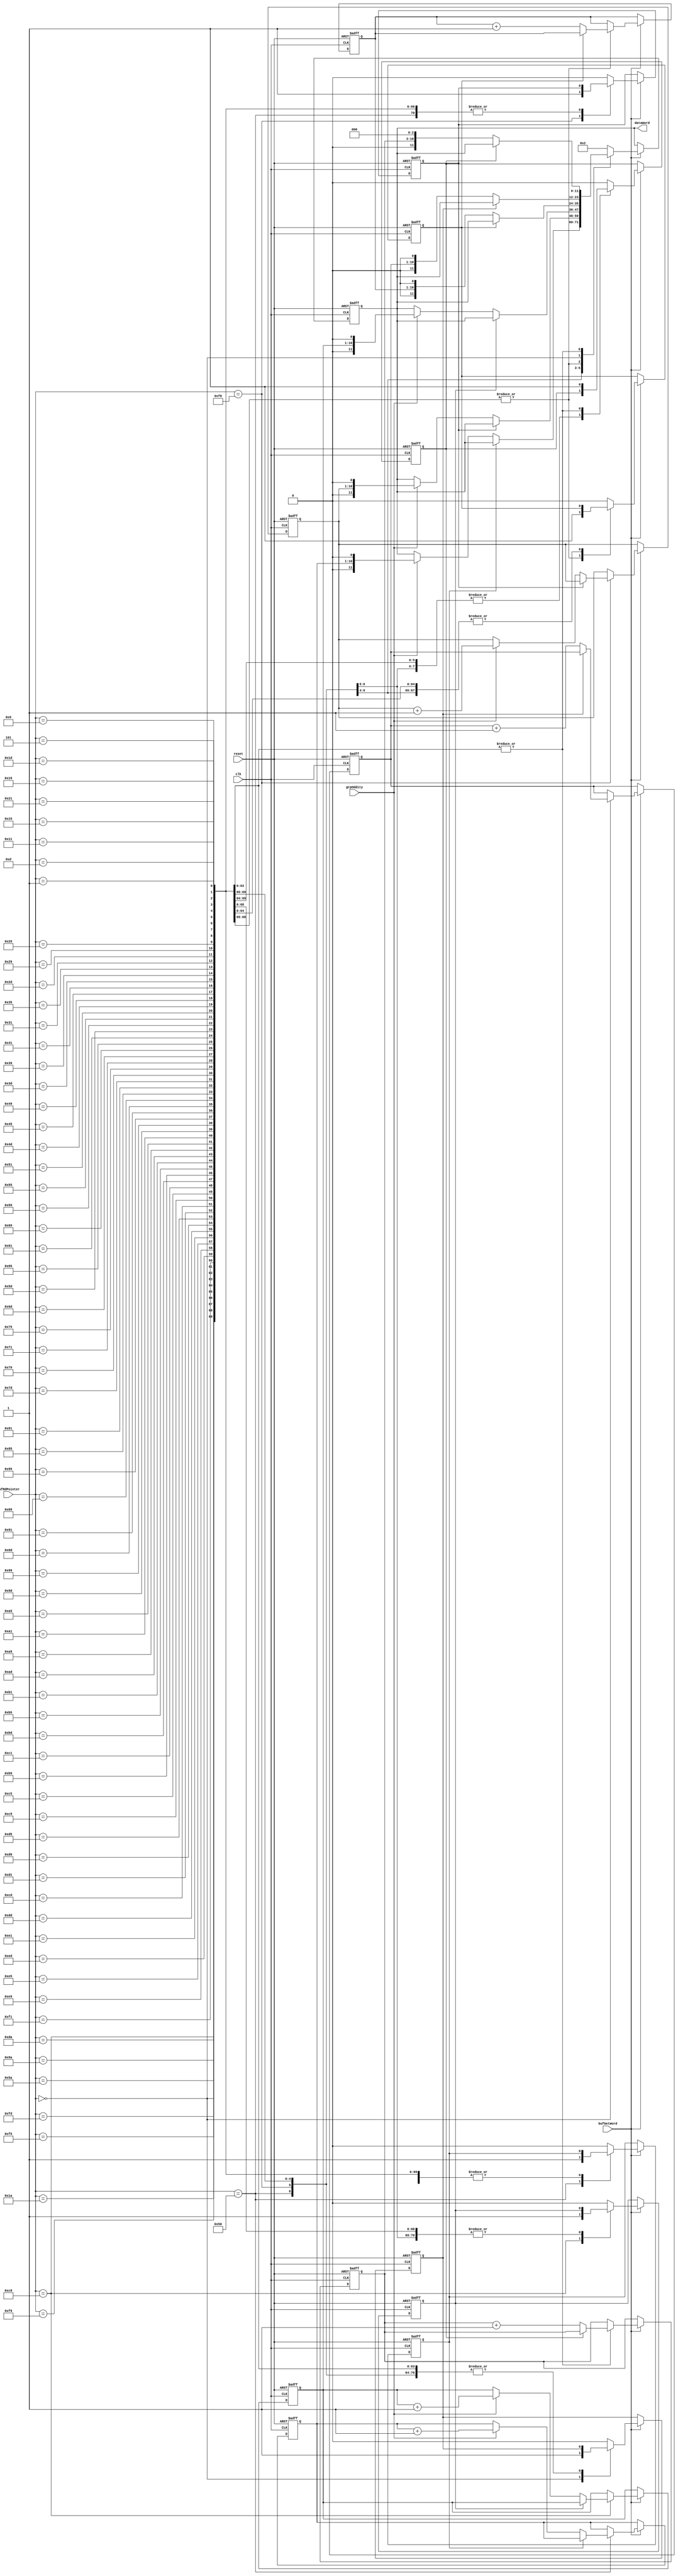
module m2Filler(
	input reset,
	input clk,
	input bufGetWord,
	input [7:0]bufRdPointer,
	input grpOddity,
	output reg [11:0]dataWord
);

reg once2, once1, once3, once4, once5, once6;
reg [9:0] datCnt1; 
reg [9:0] datCnt2;
reg [9:0] datCnt3;
reg [9:0] datCnt4;
reg [7:0] datCnt5;
reg [9:0] datCnt6;

reg switchGroup;
always@(negedge reset or posedge clk)begin
	if (~reset) begin
		dataWord <= 0;
		datCnt1 <= 0;
		datCnt2 <= 0;
		datCnt3 <= 0;
		datCnt4 <= 0;
		datCnt5 <= 0;
		datCnt6 <= 0;
		once1 <= 0;
		once2 <= 0;
		once3 <= 0;
		once4 <= 0;
		once5 <= 0;
		once6 <= 0;
		dataWord <= 0;
	end else begin
		
			if(bufGetWord) begin

				case((bufRdPointer))
					80:
					begin	// down count a20-b12
						if(once1==0)begin
							if(grpOddity) begin								//  
								dataWord <= {1'b0, datCnt1[9:0],1'b0};
								datCnt1 <= datCnt1 + 1'b1;
							end
							once1<=1;
						end
					end
					248:
					begin	// down count a20-b12
						if(once2==0)begin
							if(grpOddity) begin								//  
								dataWord <= {1'b0, datCnt2[9:0],1'b0};
								datCnt2 <= datCnt2 + 1'b1;
							end
							once2<=1;
						end
					end
					200:
					begin	// down count a20-b12
						if(once3==0)begin
							if(grpOddity) begin								//  
								dataWord <= {1'b0, datCnt3[9:0],1'b0};
								datCnt3 <= datCnt3 + 1'b1;
							end
							once3<=1;
						end
					end
					26,90,154,218:
					begin
						if(once4 == 0)begin
							dataWord <= {1'b0, datCnt4[9:0], 1'b0};
							datCnt4 <= datCnt4 + 1'b1;
							once4 <= 1;
						end
					end
					0:
					begin
						if(once5 == 0)begin
							dataWord <= {1'b0, datCnt6[9:0], 1'b0};
							datCnt6 <= datCnt6 + 1'b1;
							once5 <= 1;
						end
					end
					1,5,9,13,17,21,25,29,33,37,41,45,49,53,57,61,65,69,73,77,81,85,89,93,97,101,105,109,113,117,121,125,129,133,137,141,145,149,153,157,161,165,169,173,177,181,185,189,193,197,201,205,209,213,217,221,225,229,233,237,241,245,249,253:
					begin
						if(once6 == 0)begin
							dataWord <= {1'b0, datCnt5[7:0], 3'b0};
							datCnt5 <= datCnt5 + 1'b1;
							once6 <= 1;
						end
					end
					default: 
					begin
						dataWord <= {1'b0, 8'd0, 3'b010};
						once1 <= 0;
						once2 <= 0;
						once3 <= 0;
						once4 <= 0;
						once5 <= 0;
						once6 <= 0;
					end

				endcase
			end

	end
end
endmodule